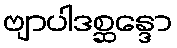
ဗျာပါဒစ္ဆန္ဒော